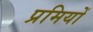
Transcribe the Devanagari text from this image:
प्रमियों